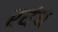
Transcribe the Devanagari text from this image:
रवंथ